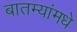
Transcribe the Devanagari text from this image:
बातम्यांमधे